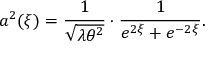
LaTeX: a ^ { 2 } ( \xi ) = \frac { 1 } { \sqrt { \lambda \theta ^ { 2 } } } \cdot \frac { 1 } { e ^ { 2 \xi } + e ^ { - 2 \xi } } .